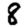
Digit: 8